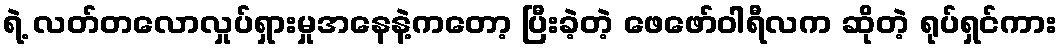
ရဲ့ လတ်တလောလှုပ်ရှားမှုအနေနဲ့ကတော့ ပြီးခဲ့တဲ့ ဖေဖော်ဝါရီလက ဆိုတဲ့ ရုပ်ရှင်ကား